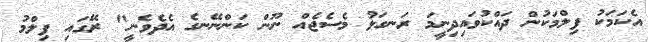
އެކަމަކު ފިލްމަކުން ދައްކުވައިދިނީމަ ރަނގަޅު މެސެޖެއް ނޫން ކަންނޭނގެ އެދެވެނީ" ރޭގައި ފިލްމު